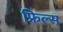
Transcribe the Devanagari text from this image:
फ्रिल्स